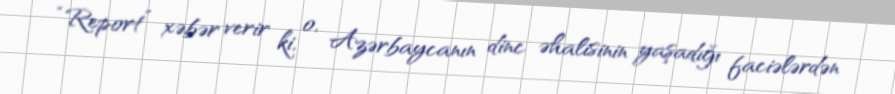
“Report” xəbər verir ki, o, Azərbaycanın dinc əhalisinin yaşadığı faciələrdən